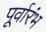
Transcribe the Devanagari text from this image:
पूर्वारंभ